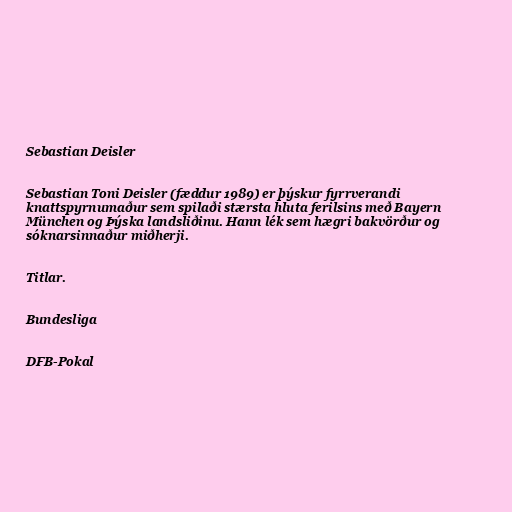
Sebastian Deisler

Sebastian Toni Deisler (fæddur 1989) er þýskur fyrrverandi
knattspyrnumaður sem spilaði stærsta hluta ferilsins með Bayern
München og Þýska landsliðinu. Hann lék sem hægri bakvörður og
sóknarsinnaður miðherji.

Titlar.

Bundesliga

DFB-Pokal